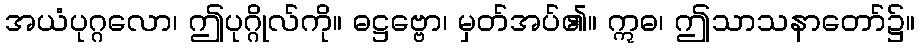
အယံပုဂ္ဂလော၊ ဤပုဂ္ဂိုလ်ကို။ ဓဋ္ဌဗ္ဗော၊ မှတ်အပ်၏။ ဣဓ၊ ဤသာသနာတော်၌။